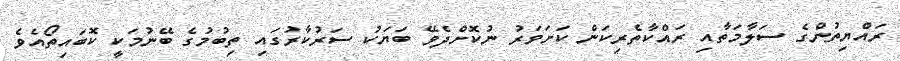
ރައްޔިތުންގެ ސަލާމަތާއި ރައްކާތެރިކަން ކަށަވަރު ނުކޮށްދެވޭ ބަޔަކު ސަރުކާރުގައި ތިބުމުގެ ބޭނުމަކީ ކޮބައިތޯއެވެ